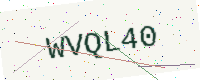
Text: WVQL40